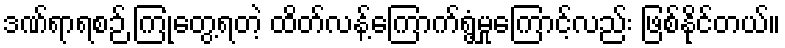
ဒဏ်ရာရစဉ် ကြုံတွေ့ရတဲ့ ထိတ်လန့်ကြောက်ရွံ့မှုကြောင့်လည်း ဖြစ်နိုင်တယ်။